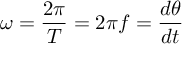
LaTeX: \omega = { \frac { 2 \pi } { T } } = 2 \pi f = { \frac { d \theta } { d t } }